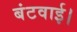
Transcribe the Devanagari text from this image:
बंटवाई।